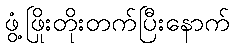
ဖွံ့ဖြိုးတိုးတက်ပြီးနောက်